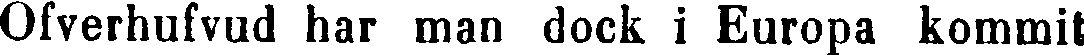
Ofverhufvud har man dock i Europa kommit